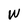
Character: W